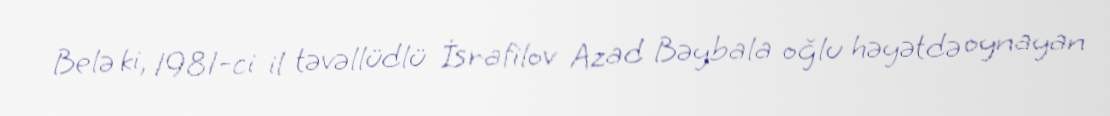
Belə ki, 1981-ci il təvəllüdlü İsrafilov Azad Bəybala oğlu həyətdə oynayan